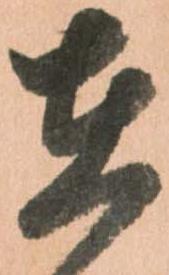
在